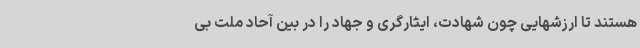
هستند تا ارزشهایی چون شهادت، ایثارگری و جهاد را در بین آحاد ملت بی